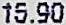
15.90